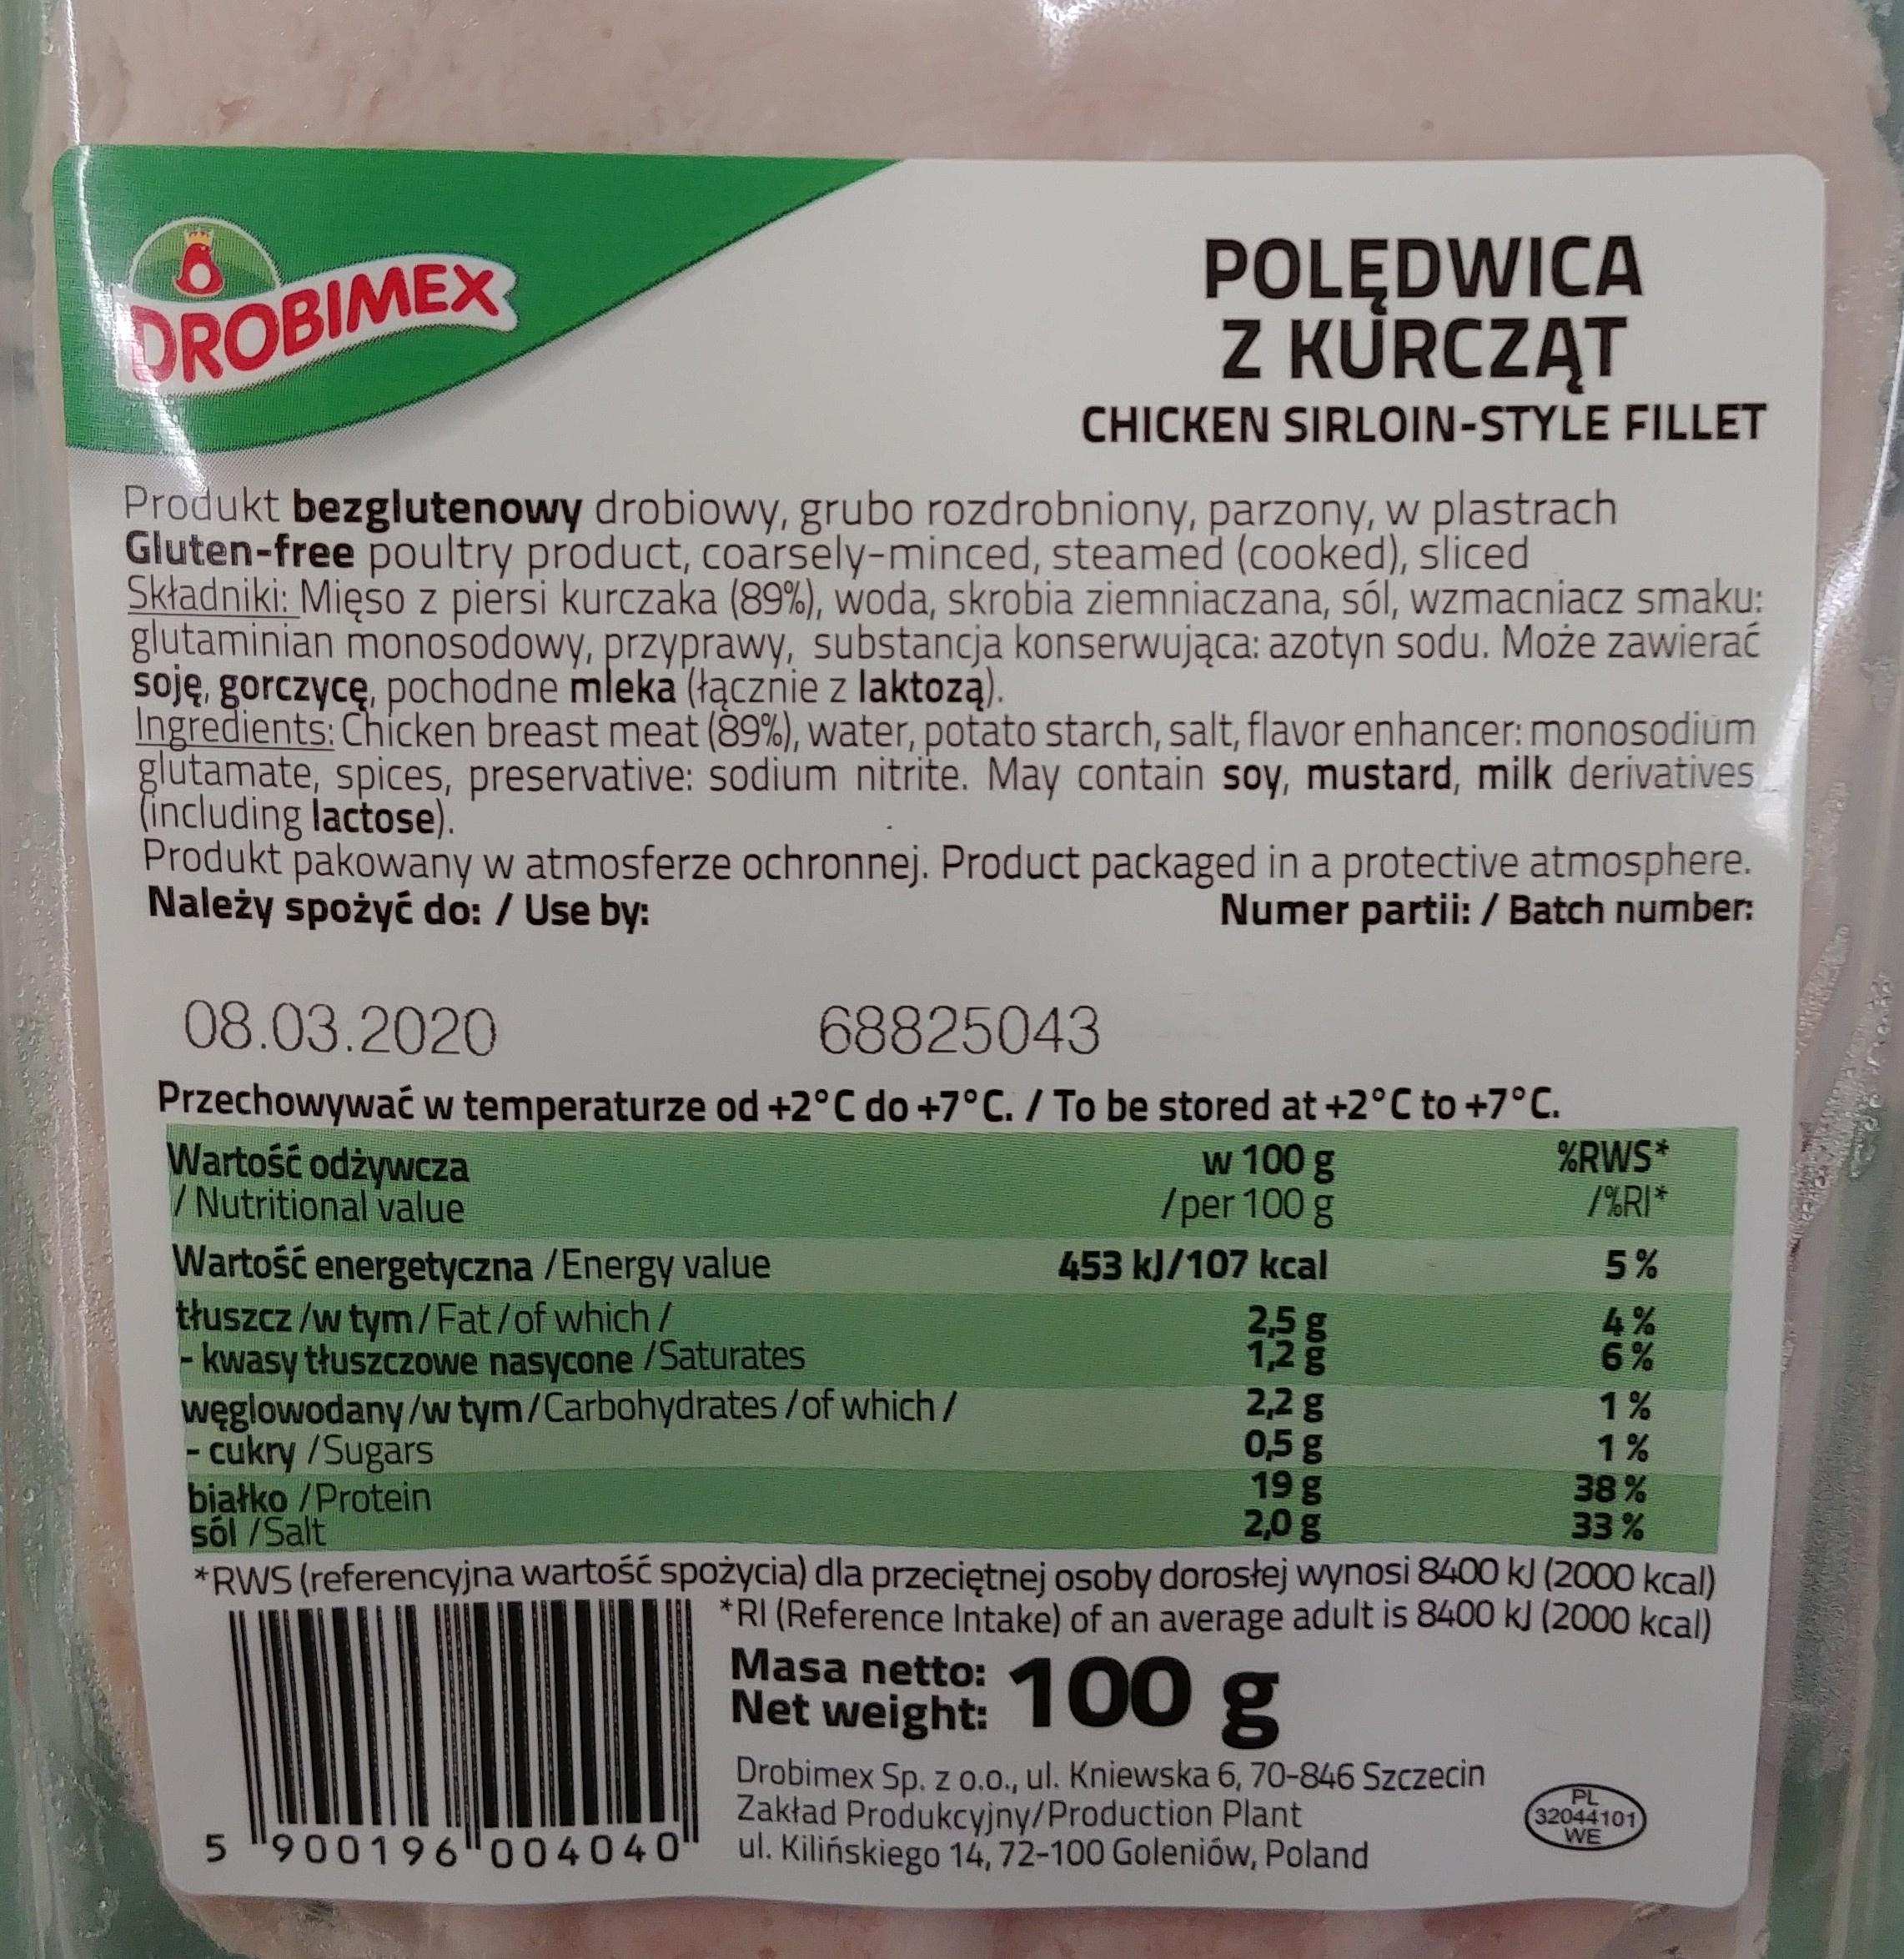
OROBIMEX POLĘDWICA Z KURCZĄT CHICKEN SIRLOIN-STYLE FILLET Produkt bezglutenowy drobiowy, grubo rozdrobniony, parzony, w plastrach Gluten-free poultry product, coarsely-minced, steamed (cooked), sliced Składniki: Mięso z piersi kurczaka (89%), woda, skrobia ziemniaczana, sól, wzmacniacz smaku: glutaminian monosodowy, przyprawy, substancja konserwująca: azotyn sodu. Może zawierać soję, gorczycę, pochodne mleka (łącznie z laktozą). Ingredients: Chicken breast meat (89%), water, potato starch, salt, flavor enhancer: monosodium glutamate, spices, preservative: sodium nitrite. May contain soy, mustard, milk derivatives (including lactose). Produkt pakowany w atmosferze ochronnej. Product packaged in a protective atmosphere. Należy spożyć do: / Use by: Numer partii: / Batch number: 08.03.2020 68825043 Przechowywać w temperaturze od +2°C do +7°C./ To be stored at +2°C to +7°C. Wartość odżywcza / Nutritional value w 100 g /per 100 g %RWS* /%RI* Wartość energetyczna /Energy value tłuszcz /w tym/Fat/of which / - kwasy tłuszczowe nasycone /Saturates węglowodany/w tym/Carbohydrates /of which/ - cukry /Sugars białko /Protein sól /Salt *RWS (referencyjna wartość spożycia) dla przeciętnej osoby dorosłej wynosi 8400 kJ (2000 kcal) 453 kJ/107 kcal 5% 2,5g 1,2g 2,2 g 0,5g 19 g 2,0 g 4% 6% 1% 38% 33% *RI (Reference Intake) of an average adult is 8400 kJ (2000 kcal) Masa netto: 100 g Net weight: Drobimex Sp. z 0.0., ul. Kniewska 6, 70-846 Szczecin Zakład Produkcyjny/Production Plant ul. Kilińskiego 14, 72-100 Goleniów, Poland PL 32044101 WE 5 900196 004040'